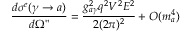
\frac { d \sigma ^ { e } ( \gamma \rightarrow a ) } { d \Omega " } = \frac { g _ { a \gamma } ^ { 2 } q ^ { 2 } V ^ { 2 } E ^ { 2 } } { 2 ( 2 \pi ) ^ { 2 } } + O ( m _ { a } ^ { 4 } )